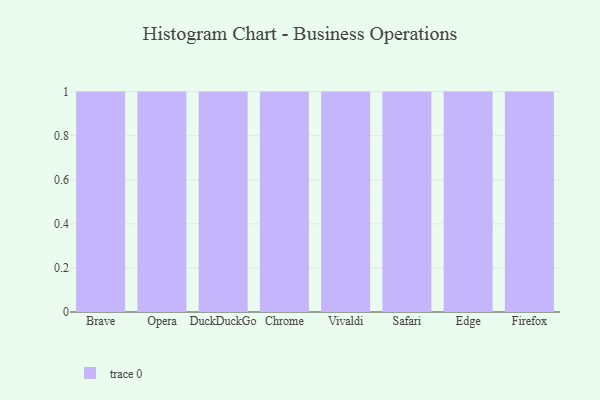
{"axis": {"x": "Browser", "y": "Revenue (USD Million)"}, "legend": [""], "data": [{"x": "Brave", "y": 89, "type": ""}, {"x": "Opera", "y": 56, "type": ""}, {"x": "DuckDuckGo", "y": 94, "type": ""}, {"x": "Chrome", "y": 29, "type": ""}, {"x": "Vivaldi", "y": 47, "type": ""}, {"x": "Safari", "y": 91, "type": ""}, {"x": "Edge", "y": 74, "type": ""}, {"x": "Firefox", "y": 77, "type": ""}]}